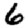
Digit: 6